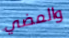
والمضي